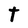
Character: t